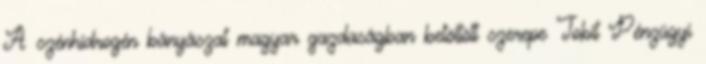
A szénhidrogén bányászat magyar gazdaságban betöltött szerepe Tobit Pénzügyi